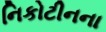
નિકોટીનના